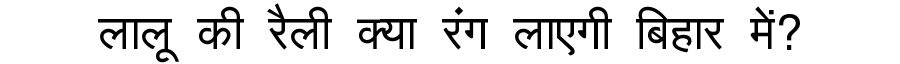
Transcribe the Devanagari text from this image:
लालू की रैली क्या रंग लाएगी बिहार में?